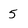
Character: 5